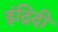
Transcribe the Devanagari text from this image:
इंद्रिदी